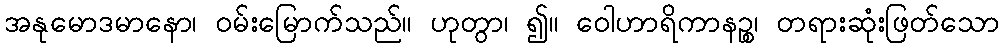
အနုမောဒမာနော၊ ဝမ်းမြောက်သည်။ ဟုတွာ၊ ၍။ ဝေါဟာရိကာနဉ္စ၊ တရားဆုံးဖြတ်သော